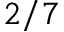
2 / 7